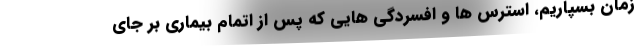
زمان بسپاریم، استرس ها و افسردگی هایی که پس از اتمام بیماری بر جای